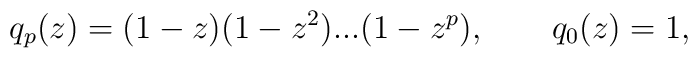
q_{p}(z)=(1-z)(1-z^{2})...(1-z^{p}),\qquad q_{0}(z)=1,